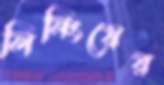
লিনিংয়ের